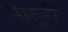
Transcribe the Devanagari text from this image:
पाहूही